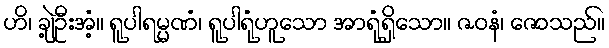
ဟိ၊ ချဲ့ဦးအံ့။ ရူပါရမ္မဏံ၊ ရူပါရုံဟူသော အာရုံရှိသော။ ဇဝနံ၊ ဇောသည်။